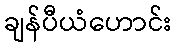
ချန်ပီယံဟောင်း